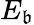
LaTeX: E_{\mathfrak{b}}